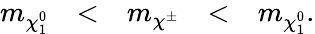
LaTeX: \begin{array}{ccccc}{{m_{\chi_{1}^{0}}}}&{{<}}&{{m_{\chi^{\pm}}}}&{{<}}&{{m_{\chi_{1}^{0}}.}}\end{array}